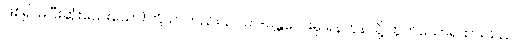
ဖြစ်၍ မပြီးဆုံးသေးသော)ကြိယာတည်း၊ ဥပမာ-မန္တလေးမှ ရန်ကုန်သို့ ထွက်သောရထားသည်